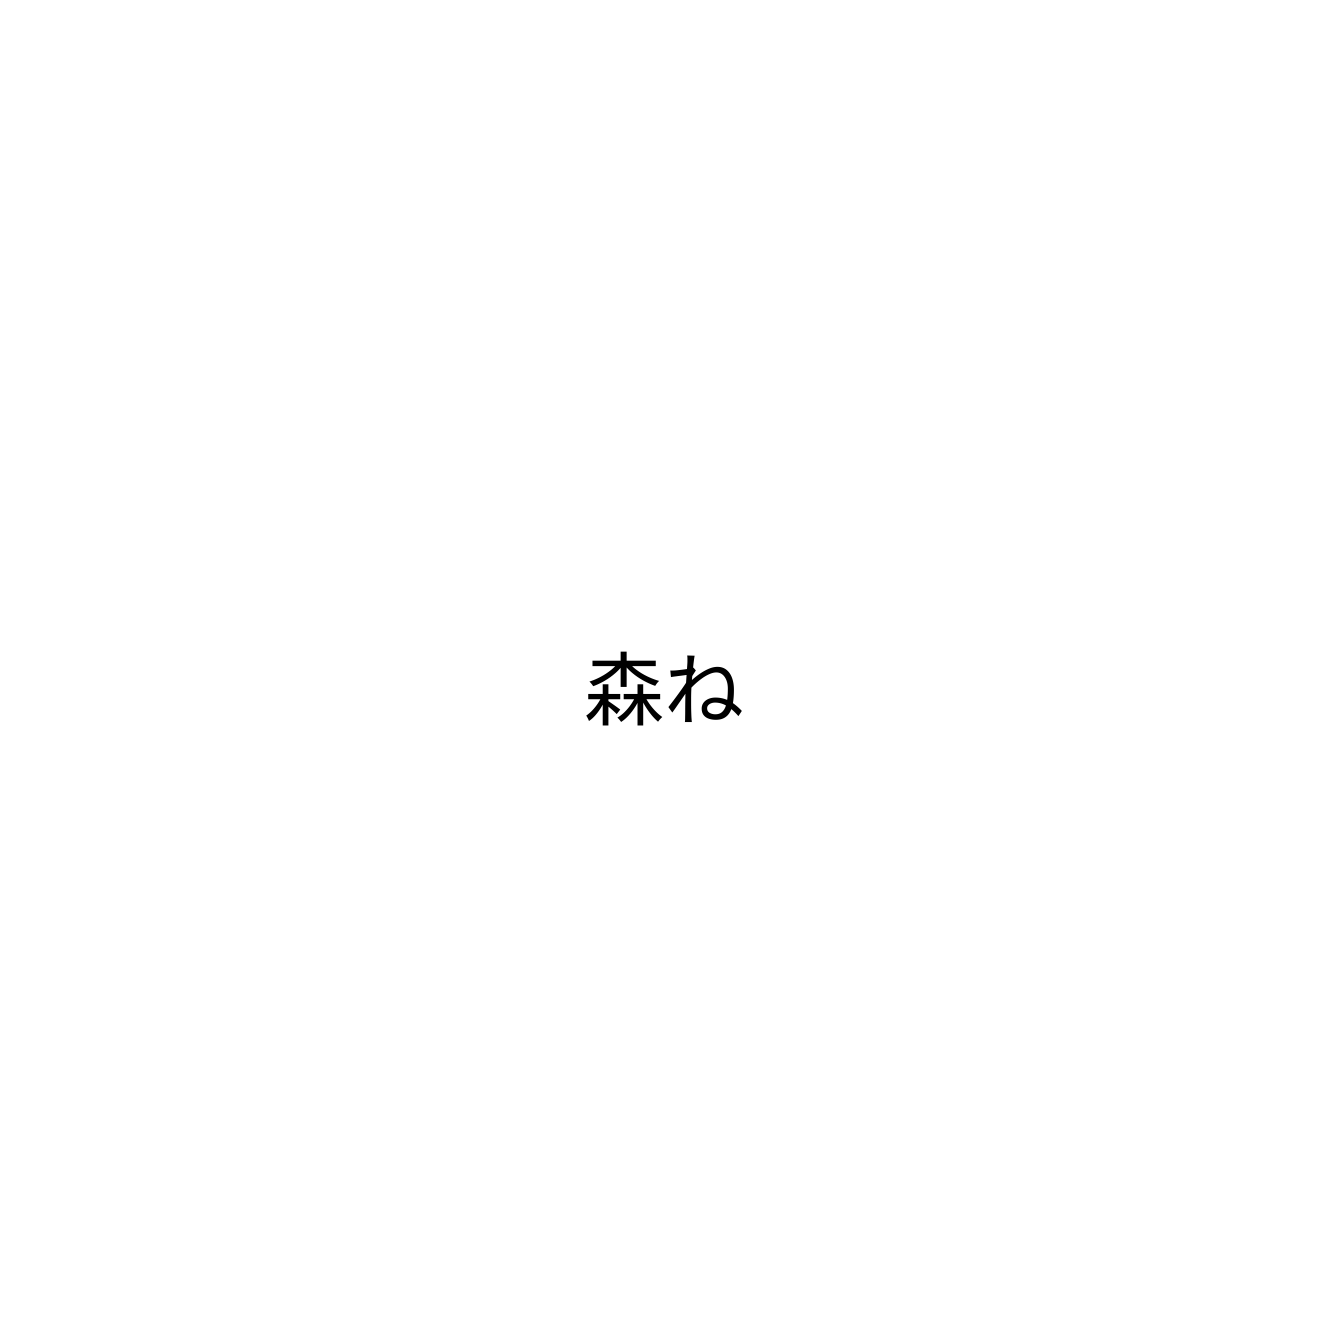
森ね